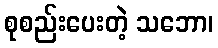
စုစည်းပေးတဲ့ သဘော၊